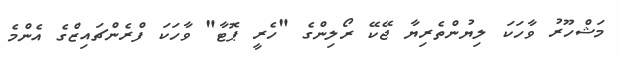
މަޝްހޫރު ވާހަކަ ލިޔުންތެރިޔާ ޖޭކޭ ރޯލިންގެ "ހެރީ ޕޮޓާ" ވާހަކަ ފްރެންޗައިޒްގެ އެންމެ